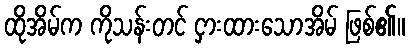
ထိုအိမ်က ကိုသန်းတင် ငှားထားသောအိမ် ဖြစ်၏။